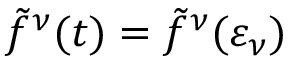
\tilde { f } ^ { \nu } ( t ) = \tilde { f } ^ { \nu } ( \varepsilon _ { \nu } )